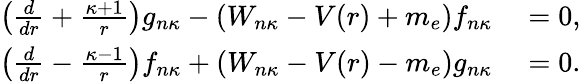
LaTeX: \begin{array}{r}{\begin{array}{rl}{\left(\frac{d}{dr}+\frac{\kappa+1}{r}\right)g_{n\kappa}-(W_{n\kappa}-V(r)+m_{e})f_{n\kappa}}&{{}=0,}\\ {\left(\frac{d}{dr}-\frac{\kappa-1}{r}\right)f_{n\kappa}+(W_{n\kappa}-V(r)-m_{e})g_{n\kappa}}&{{}=0.}\end{array}}\end{array}